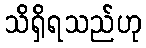
သိရှိရသည်ဟု